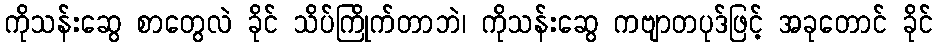
ကိုသန်းဆွေ စာတွေလဲ ခိုင် သိပ်ကြိုက်တာဘဲ၊ ကိုသန်းဆွေ ကဗျာတပုဒ်ဖြင့် အခုတောင် ခိုင်